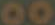
00